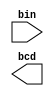
`timescale 1ns / 1ps
//////////////////////////////////////////////////////////////////////////////////
// Company: 
// Engineer: 
// 
// Design Name: 
// Module Name: bin2bcd
// Project Name: 
// Target Devices: 
// Tool Versions: 
// Description: 
// 
// Dependencies: 
// 
// Revision:
// Revision 0.01 - File Created
// Additional Comments:
// 
//////////////////////////////////////////////////////////////////////////////////


module bin2bcd(
   input [3:0] bin,
   output reg [7:0] bcd
   );
   
integer i;
	
always @(bin) begin
    bcd=0;		 	
    for (i=0;i<14;i=i+1) begin					//Iterate once for each bit in input number
        if (bcd[3:0] >= 5) bcd[3:0] = bcd[3:0] + 3;		//If any BCD digit is >= 5, add three
	if (bcd[7:4] >= 5) bcd[7:4] = bcd[7:4] + 3;
	bcd = {bcd[6:0],bin[3-i]};				//Shift one bit, and shift in proper bit from input 
    end
end
endmodule